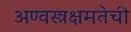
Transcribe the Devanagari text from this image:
अण्वस्त्रक्षमतेची